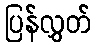
ပြန်လွှတ်